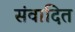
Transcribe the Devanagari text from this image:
संवादित